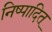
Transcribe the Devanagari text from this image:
निष्पादित्